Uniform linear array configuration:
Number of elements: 8
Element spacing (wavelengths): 0.5
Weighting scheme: uniform
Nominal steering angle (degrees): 30
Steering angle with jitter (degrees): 28.222
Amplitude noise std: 0.05
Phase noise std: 0.05

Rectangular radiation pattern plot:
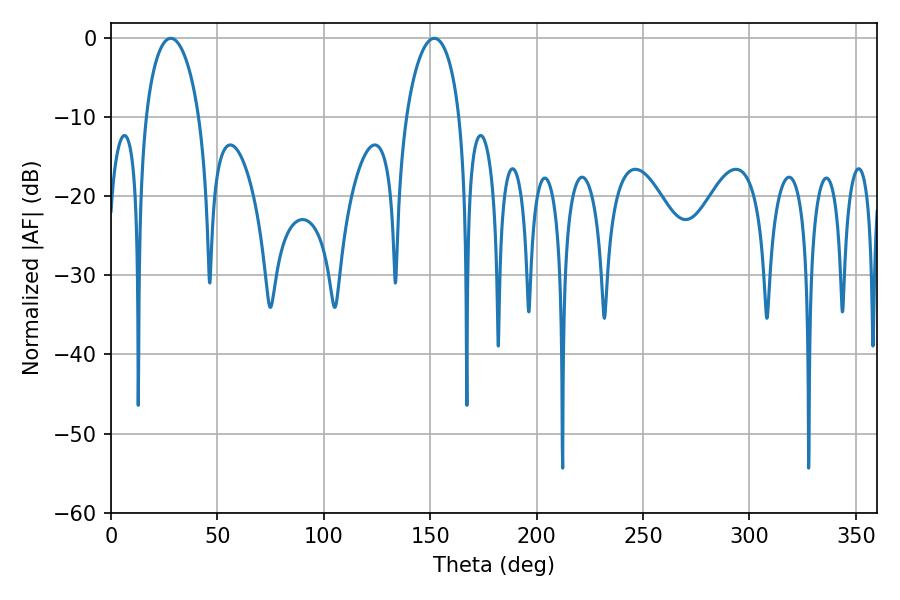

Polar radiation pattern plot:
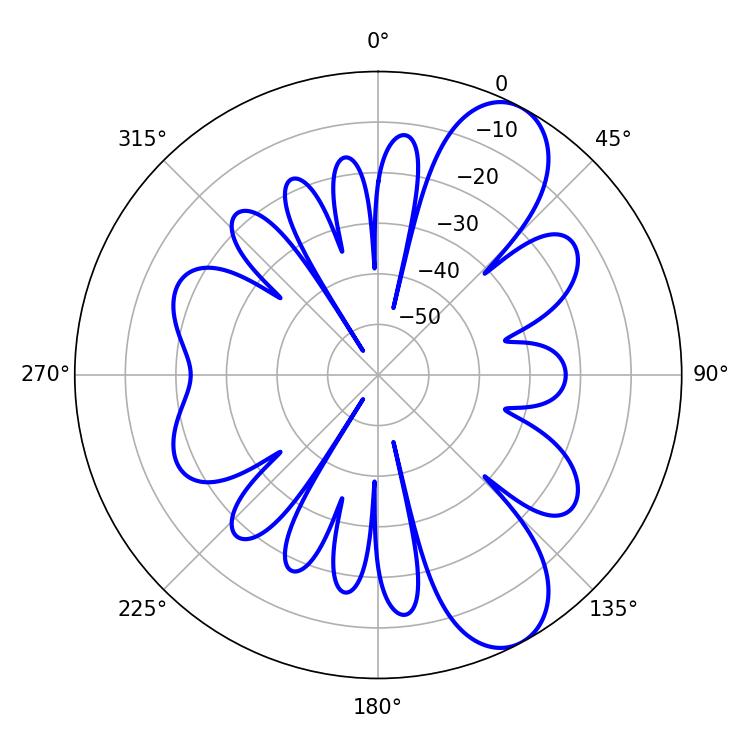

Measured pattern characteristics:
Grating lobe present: FALSE
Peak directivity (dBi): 9.093
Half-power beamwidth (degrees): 14.4
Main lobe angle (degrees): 28.08